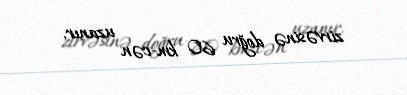
zirvəsinə doğru 60 km-cən uzanır.